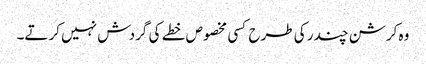
وہ کرشن چندر کی طرح کسی مخصوص خطے کی گردش نہیں کرتے۔